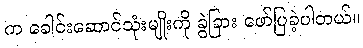
က ခေါင်းဆောင်သုံးမျိုးကို ခွဲခြား ဖော်ပြခဲ့ပါတယ်။